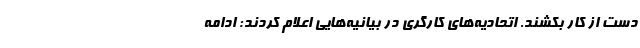
دست از کار بکشند. اتحادیه‌های کارگری در بیانیه‌هایی اعلام کردند: ادامه